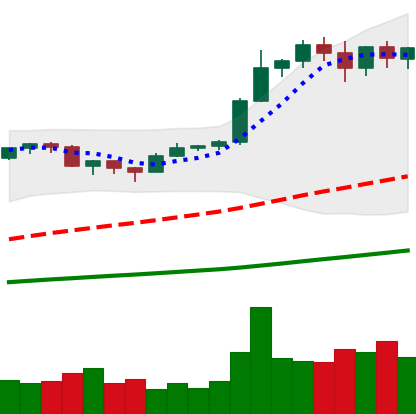
Ticker: BTC-USD
Chart end date: 2020-12-24
Forward return: 15.278%
Label: up_7plus